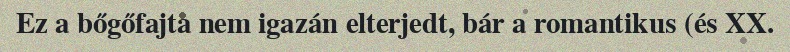
Ez a bőgőfajta nem igazán elterjedt, bár a romantikus (és XX.